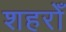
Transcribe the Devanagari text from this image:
शहरोँ